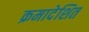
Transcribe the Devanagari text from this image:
क्रमादेशित